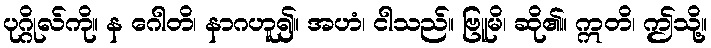
ပုဂ္ဂိုလ်ကို။ န ဂေါတိ၊ နာဂဟူ၍။ အဟံ၊ ငါသည်။ ဗြူမိ၊ ဆို၏။ ဣတိ၊ ဤသို့။